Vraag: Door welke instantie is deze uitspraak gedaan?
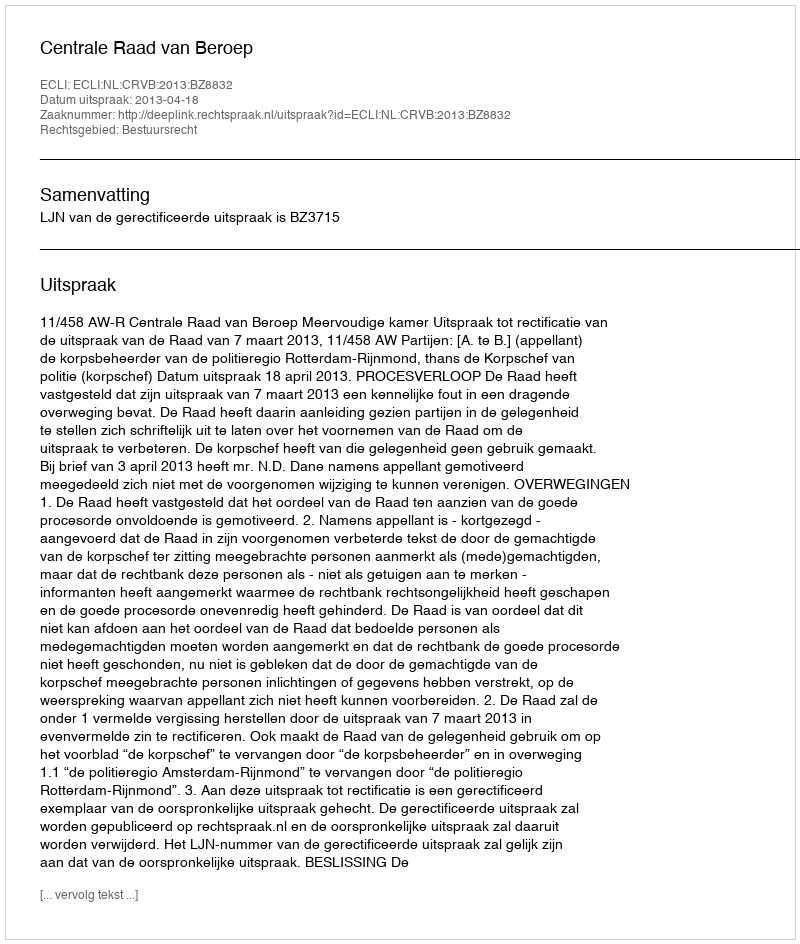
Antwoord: Centrale Raad van Beroep